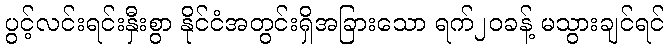
ပွင့်လင်းရင်းနှီးစွာ နိုင်ငံအတွင်းရှိအခြားသော ရက်၂၀ခန့် မသွားချင်ရင်